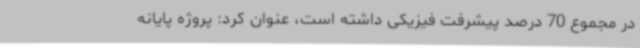
در مجموع 70 درصد پیشرفت فیزیکی داشته است، عنوان کرد: پروژه پایانه